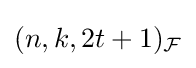
(n,k,2t+1)_{\mathcal {F}}